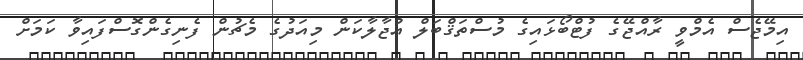
އިމޭޖެސް އެމްވީ ރާއްޖޭގެ ފުޓްބޯޅައިގެ މުސްތަޤްބަލް އުޖާލާކަން މިއަދުގެ މެޗުން ފެނިގެންގޮސްފައިވާ ކަމަށް